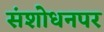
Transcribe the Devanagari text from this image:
संशाेधनपर